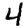
Digit: 4